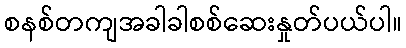
စနစ်တကျအခါခါစစ်ဆေးနှုတ်ပယ်ပါ။